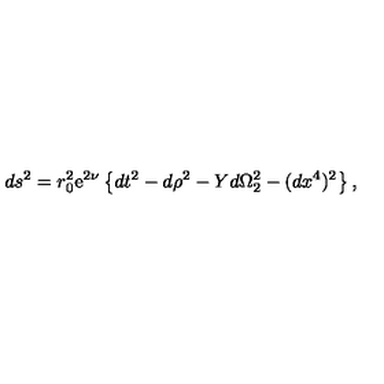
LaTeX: d s ^ { 2 } = r _ { 0 } ^ { 2 } \mathrm { e } ^ { 2 \nu } \left\{ d t ^ { 2 } - d \rho ^ { 2 } - Y d \Omega _ { 2 } ^ { 2 } - ( d x ^ { 4 } ) ^ { 2 } \right\} ,